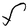
Character: F